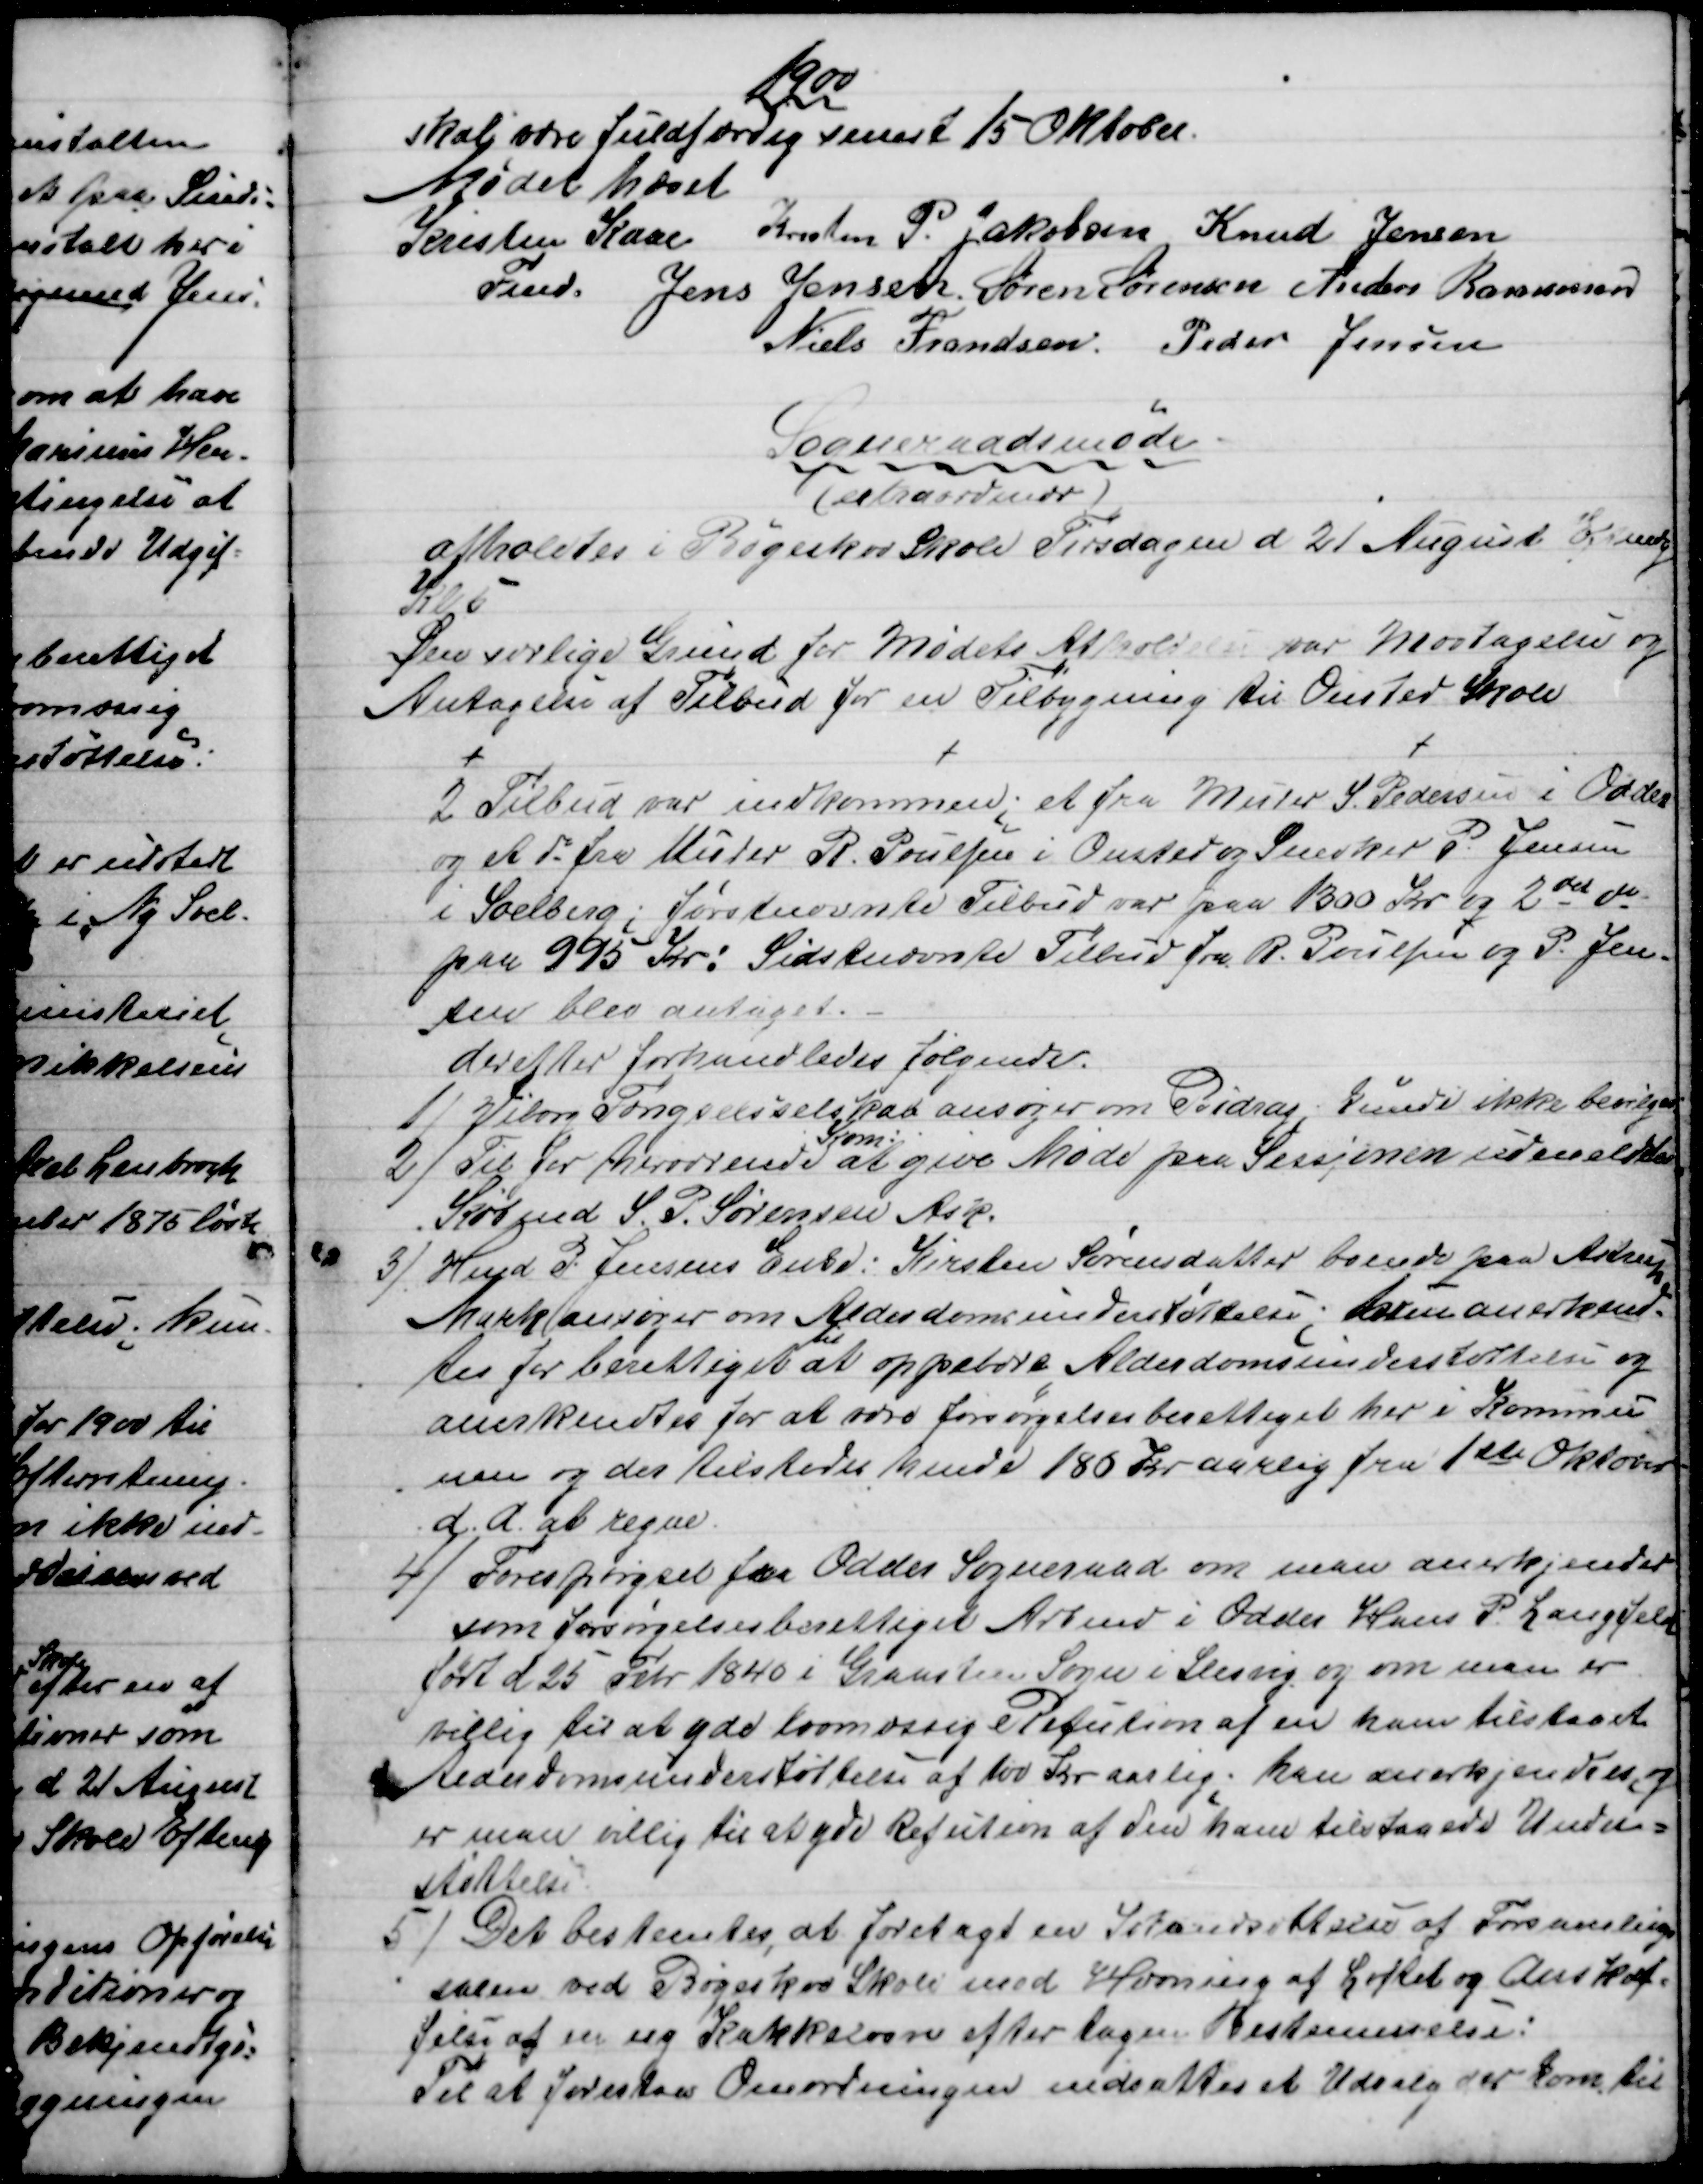
Transskription:
1900
skal være fuldfærdig seneret 15 Oktober.
Mødet hævet
Kresten Kaae
Fmd. 
Kresten P. Jakobsen Knud Jensen
Jens Jensen. Søren Sørensen Anders Rasmussen
Niels Frandsen. Peder Jensen
Sogneraadsmøde
(extraordinær)
afholdtes i Bøgeskov Skole Tirsdagen d 21 August Efmdg
Kl 5
Den særlige Grund for Mødets Afholdelse var Modtagelse og
Antagelse af Tilbud for en Tilbygning til Onsted Skole
2 Tilbud var indkommen; et fra Murer S. Pedersen i Odder
og et do fra Murer R. Poulsen i Onsted og Snedker P. Jensen
i Soelberg; førstnævnte Tilbud var paa 1300 Kr og 2det do
paa 995 Kr: Sidstnævnte Tilbud fra R. Poulsen og P. Jen-
sen blev antaget.
derefter forhandledes følgende.
1)
Viborg Fængselsselskab ansøger om Bidrag; kunde ikke bevilges.
2) 
Til for herværende 
Kom:
at give Møde paa Sessjonen udmeldtes
Købmd S. P. Sørensen Ask.
3)
Hmd P. Jensens Enke: Kirsten Sørensdatter boende paa Astrup
Mark ansøger om Alderdomsunderstøttelse; hun anerkend-
tes for berettiget 
til
at oppebære Alderdomsunderstøttelse og
anerkendtes for at være forsørgelsesberettiget her i Kommu
nen og der tilstodes hende 180 Kr aarlig fra 1ste Oktober
d. A. at regne.
4) 
Forespørgsel fra Odder Sogneraad om man anerkjender
som forsørgelsesberettiget Arbmd i Odder Hans P Langfeld
født d 25 Febr 1840 i Graasten Sogn i Slesvig og om man er
villig til at yde lovmæssig Refution af en ham tilstaaet
Alderdomsunderstøttelse af 100 Kr aarlig. han anerkjendtes, og
er man villig til at yde Refution af den ham tilstaaede Under=
støttelse.
5)
Det bestemtes, at foretagd en Istandsættelse af Forsamlings
salen ved Bøgeskov Skole med Hævning af Loftet og Anskaf=
felse af en ny Kakkelovn efter tagen Bestemmelse:
Til at forestaa Omordningen nedsattes et Udvalg der kom til